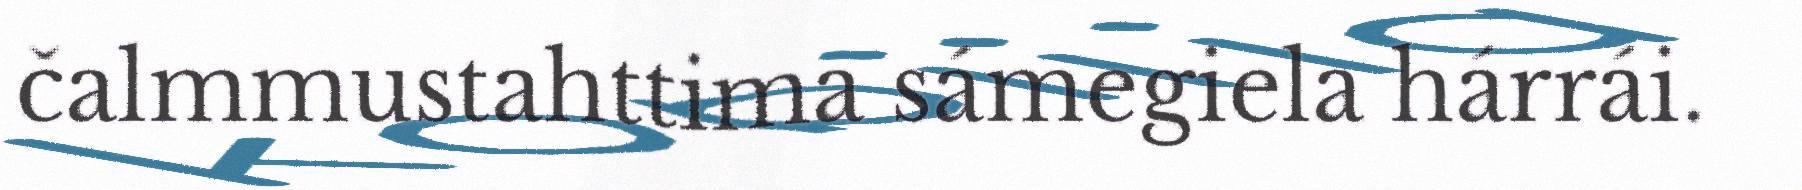
čalmmustahttima sámegiela hárrái.